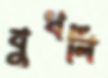
বুখলি